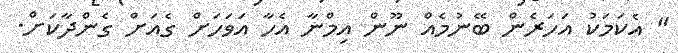
" އެކަމަކު އަހަރެން ބޭނުމެއް ނޫން އިމްނާ އެހާ އަވަހަށް ގެއަށް ގެންދާކަށް.